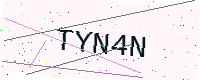
Text: TYN4N